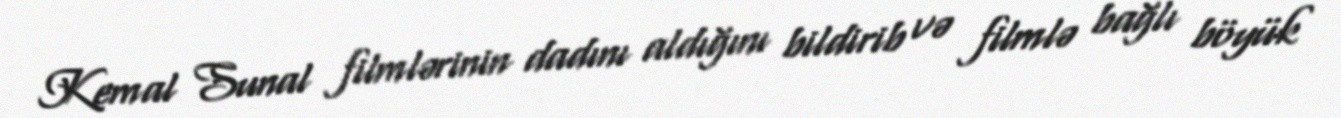
Kemal Sunal filmlərinin dadını aldığını bildirib və filmlə bağlı böyük